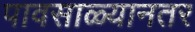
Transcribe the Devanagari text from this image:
पावसाळ्यानतर